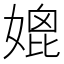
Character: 媲